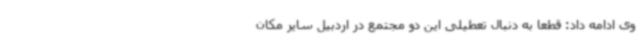
وی ادامه داد: قطعا به دنبال تعطیلی این دو مجتمع در اردبیل سایر مکان